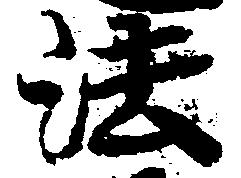
法